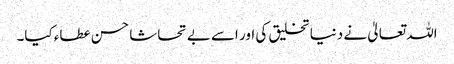
اللہ تعالیٰ نے دنیا تخلیق کی اور اسے بے تحاشا حسن عطاء کیا۔